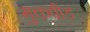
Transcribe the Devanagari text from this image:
मुक्तपीड